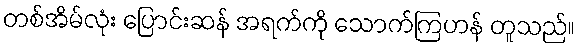
တစ်အိမ်လုံး ပြောင်းဆန် အရက်ကို သောက်ကြဟန် တူသည်။